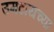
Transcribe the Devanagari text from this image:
उमटायच्या